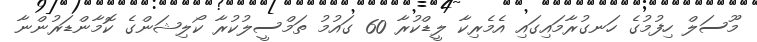
މޫސަލް ހިފުމުގެ ހަނގުރާމައިގައި އެމެރިކާ ލީޑްކުރާ 60 ގައުމު ތަމްސީލުކުރާ ކޯލިޝަންގެ ކޮމާންޑަރުންނާ